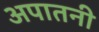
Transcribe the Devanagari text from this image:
अपातनी